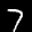
Digit: 7